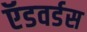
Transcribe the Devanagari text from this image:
ऍडवर्डस